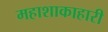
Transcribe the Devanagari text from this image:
महाशाकाहारी